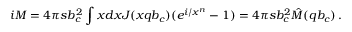
i { \cal M } = 4 \pi s b _ { c } ^ { 2 } \int x d x J ( x q b _ { c } ) ( e ^ { i / x ^ { n } } - 1 ) = 4 \pi s b _ { c } ^ { 2 } \hat { \cal M } ( q b _ { c } ) \, .